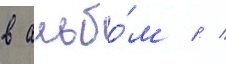
в альбо́м